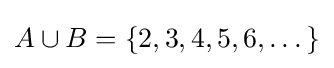
A\cup B=\{2,3,4,5,6,\dots \}